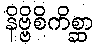
နိဗ္ဗိစိကိစ္ဆာ